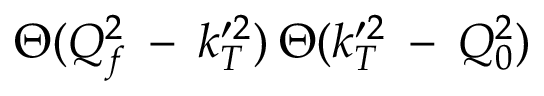
\Theta ( Q _ { f } ^ { 2 } \: - \: k _ { T } ^ { \prime 2 } ) \: \Theta ( k _ { T } ^ { \prime 2 } \: - \: Q _ { 0 } ^ { 2 } )